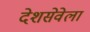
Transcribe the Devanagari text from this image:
देशसेवेला